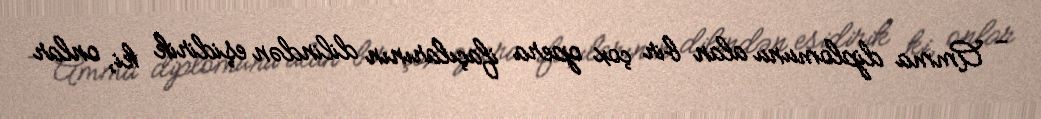
- Amma diplomunu alan bir çox opera ifaçılarının dilindən eşidirik ki, onlar